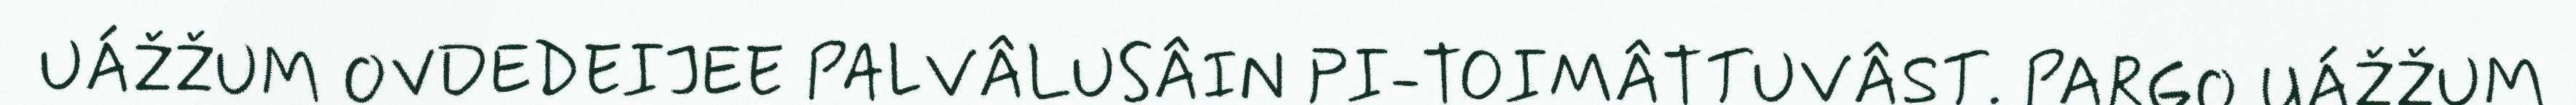
UÁŽŽUM OVDEDEIJEE PALVÂLUSÂIN PI-TOIMÂTTUVÂST. PARGO UÁŽŽUM